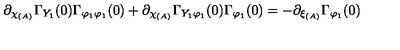
\partial _ { \chi _ { ( A ) } } \Gamma _ { Y _ { 1 } } ( 0 ) \Gamma _ { \varphi _ { 1 } \varphi _ { 1 } } ( 0 ) + \partial _ { \chi _ { ( A ) } } \Gamma _ { Y _ { 1 } \varphi _ { 1 } } ( 0 ) \Gamma _ { \varphi _ { 1 } } ( 0 ) = - \partial _ { \xi _ { ( A ) } } \Gamma _ { \varphi _ { 1 } } ( 0 )